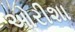
ઓરીશા